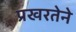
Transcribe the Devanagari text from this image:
प्रखरतेने